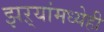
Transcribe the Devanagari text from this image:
झऱ्यांमध्येही